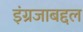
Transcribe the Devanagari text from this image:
इंग्रजाबद्दल